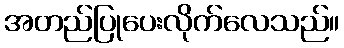
အတည်ပြုပေးလိုက်လေသည်။